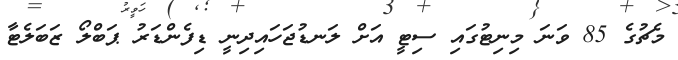
މެޗުގެ 85 ވަނަ މިނިޓުގައި ސިޓީ އަށް ލަނޑުޖަހައިދިނީ ޑިފެންޑަރު ޕަބްލޯ ޒަބަލެޓާ